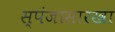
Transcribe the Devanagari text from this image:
स्पंजासारखा